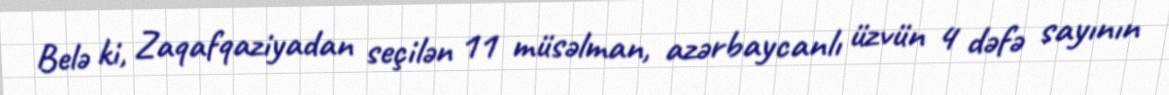
Belə ki, Zaqafqaziyadan seçilən 11 müsəlman, azərbaycanlı üzvün 4 dəfə sayının